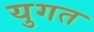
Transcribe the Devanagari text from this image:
युगत